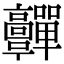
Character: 䯬